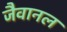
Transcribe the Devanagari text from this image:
जैवानल